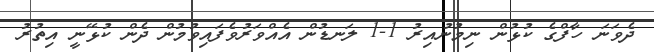
ދެވަނަ ހާފްގެ ކުޅުން ނިމުނުއިރު 1-1 ލަނޑުން އެއްވަރުވެފައިވުމުން ދެން ކުޅޭނީ އިތުރު